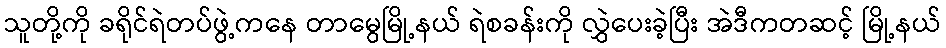
သူတို့ကို ခရိုင်ရဲတပ်ဖွဲ့ကနေ တာမွေမြို့နယ် ရဲစခန်းကို လွှဲပေးခဲ့ပြီး အဲဒီကတဆင့် မြို့နယ်